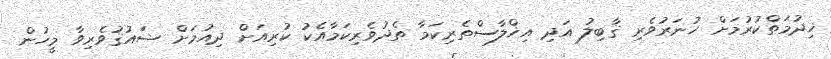
ޚިދުމަތްކުރުމަށް ހުނަރުވެރި ޤާބިލު އަދި އިޚްލާސްތެރިކަމާ ތެދުވެރިކަމާއެކު ކުރިއަށް ދިއުމަށް ޝައުޤުވެރިވާ މީހުން